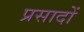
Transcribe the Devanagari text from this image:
प्रसादों